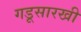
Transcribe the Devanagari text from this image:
गडूसारखी